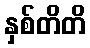
နှစ်တိတိ